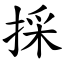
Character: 採